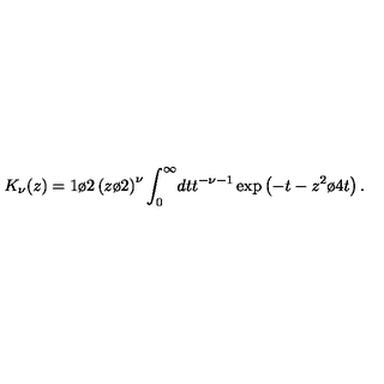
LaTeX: K _ { \nu } ( z ) = { 1 \o 2 } \left( { z \o 2 } \right) ^ { \nu } \int _ { 0 } ^ { \infty } \! d t t ^ { - \nu - 1 } \exp \left( - t - { z ^ { 2 } \o 4 t } \right) .